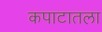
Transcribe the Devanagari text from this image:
कपाटातला